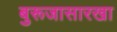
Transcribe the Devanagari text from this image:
बुरूजासारखा